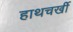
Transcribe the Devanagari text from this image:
हाथचर्खी